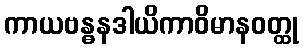
ကာယဗန္ဓနဒါယိကာဝိမာနဝတ္ထု